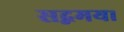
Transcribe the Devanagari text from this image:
सद्गमय।